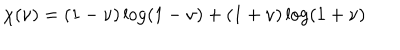
\chi ( \nu ) = ( 1 - \nu ) \log ( { 1 - \nu } ) + ( 1 + \nu ) \log ( { 1 + \nu } )